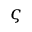
\varsigma